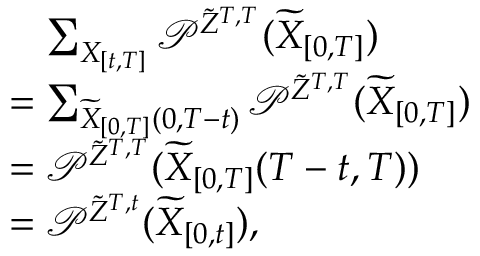
\begin{array} { r l } & { \mathrel { \phantom { = } } \sum _ { X _ { [ t , T ] } } \mathcal { P } ^ { \tilde { Z } ^ { T , T } } ( \widetilde { X } _ { [ 0 , T ] } ) } \\ & { = \sum _ { \widetilde { X } _ { [ 0 , T ] } ( 0 , T - t ) } \mathcal { P } ^ { \tilde { Z } ^ { T , T } } ( \widetilde { X } _ { [ 0 , T ] } ) } \\ & { = \mathcal { P } ^ { \tilde { Z } ^ { T , T } } ( \widetilde { X } _ { [ 0 , T ] } ( T - t , T ) ) } \\ & { = \mathcal { P } ^ { \tilde { Z } ^ { T , t } } ( \widetilde { X } _ { [ 0 , t ] } ) , } \end{array}